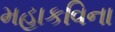
મહાકવિના